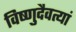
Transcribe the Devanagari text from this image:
विष्णुदैवत्यां